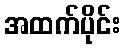
အထက်ပိုင်း